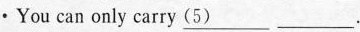
·You can only carry \underline{（5）}___.